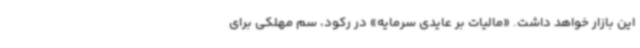
این بازار خواهد داشت. «مالیات بر عایدی سرمایه» در رکود، سم مهلکی برای